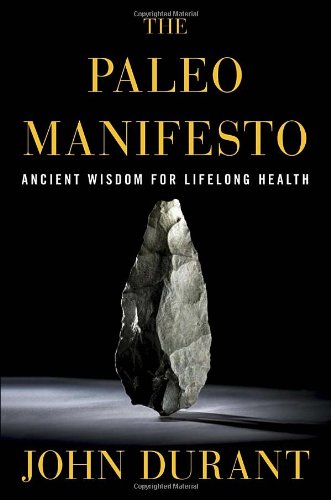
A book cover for The Paleo Manifesto: Ancient Wisdom for Lifelong Health; John Durant; Health, Fitness & Dieting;